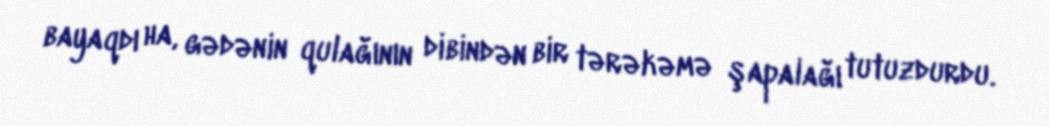
bayaqdı ha, gədənin qulağının dibindən bir tərəkəmə şapalağı tutuzdurdu.